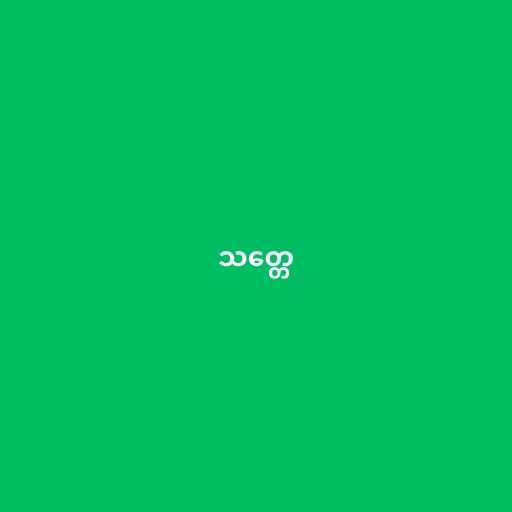
သတ္တေ